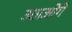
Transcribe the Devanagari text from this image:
उठाओगे